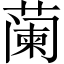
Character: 𬞕